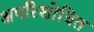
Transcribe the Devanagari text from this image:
अपरिशोधित